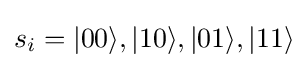
s_{i}=|00\rangle ,|10\rangle ,|01\rangle ,|11\rangle